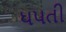
ધપતી